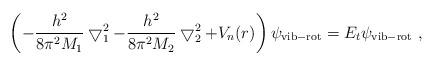
LaTeX: \begin{align*}\left(-\frac{h^2}{8\pi^2 M_1}\bigtriangledown _1^2-\frac{h^2}{8\pi^2 M_2}\bigtriangledown _2^2+V_n(r)\right)\psi_{\rm vib-rot}=E_t\psi_{\rm vib-rot}~,\end{align*}